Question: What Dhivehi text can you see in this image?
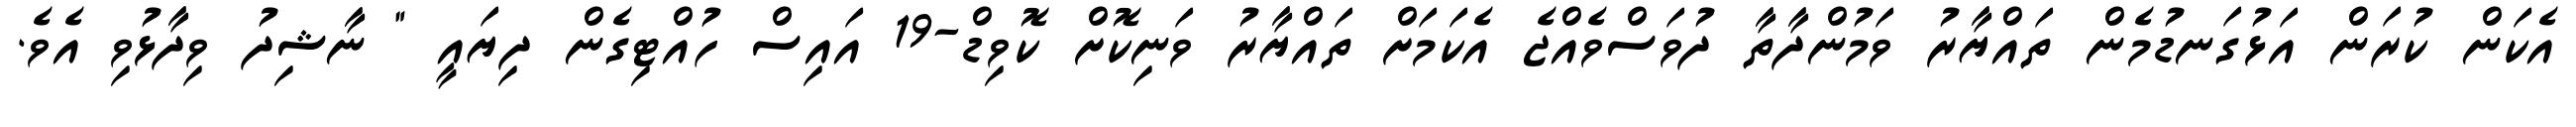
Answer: އެކަން ކުރަން އަޅުގަނޑުމެން ތައްޔާރު ވަމުންދާތާ ދުވަސްވެއްޖެ އެކަމަށް ތައްޔާރު ވަނިކޮށް ކޮވިޑް-19 އައިސް ހުއްޓިގެން ދިޔައީ " ނާޝިދު ވިދާޅުވި އެވެ.